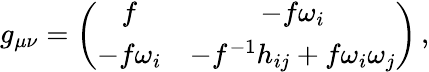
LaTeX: g_{\mu\nu}=\left(\begin{array}{cc}{{f}}&{{-f\omega_{i}}}\\ {{-f\omega_{i}}}&{{-f^{-1}h_{ij}+f\omega_{i}\omega_{j}}}\end{array}\right)\, ,